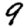
Digit: 9